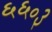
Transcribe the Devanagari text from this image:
६६०३